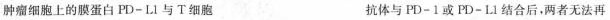
肿瘤细胞上的膜蛋白PD-LI与T细胞 抗体与PD-1或PD-L1结合后，两者无法再